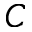
C